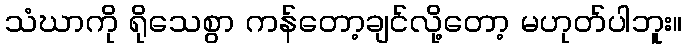
သံဃာကို ရိုသေစွာ ကန်တော့ချင်လို့တော့ မဟုတ်ပါဘူး။